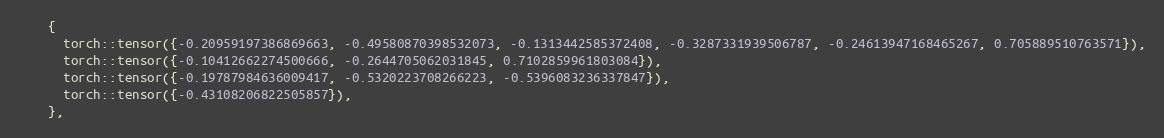
Language: C
    {
      torch::tensor({-0.20959197386869663, -0.49580870398532073, -0.1313442585372408, -0.3287331939506787, -0.24613947168465267, 0.705889510763571}),
      torch::tensor({-0.10412662274500666, -0.2644705062031845, 0.7102859961803084}),
      torch::tensor({-0.19787984636009417, -0.5320223708266223, -0.5396083236337847}),
      torch::tensor({-0.43108206822505857}),
    },